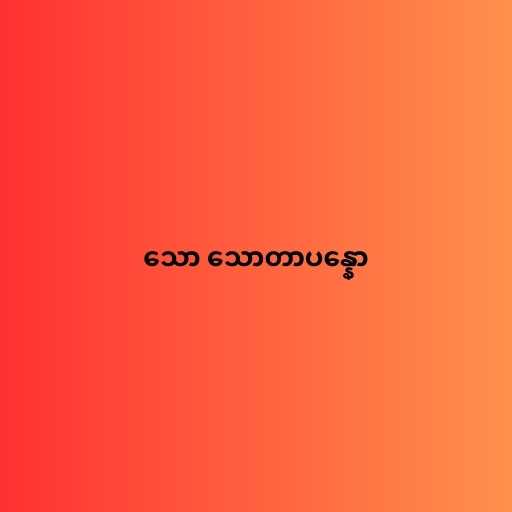
သော သောတာပန္နော